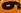
و